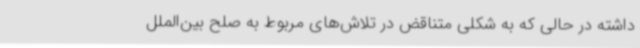
داشته در حالی که به شکلی متناقض در تلاش‌های مربوط به صلح بین‌الملل